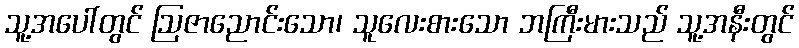
သူ့အပေါ်တွင် ဩဇာညောင်းသော၊ သူလေးစားသော ဘကြီးမားသည် သူ့အနီးတွင်